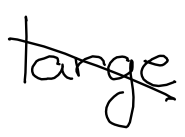
Text: large
Cross-out: diagonal
Writing tool: digital_black